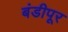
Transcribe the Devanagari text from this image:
बंडीपूर